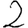
Digit: 2